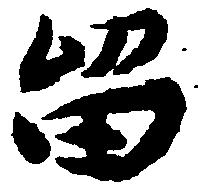
留